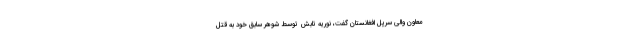
معاون والی سرپل افغانستان گفت، نوریه تابش توسط شوهر سابق خود به قتل